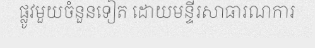
ផ្លូវមួយចំនួនទៀត ដោយមន្ទីរសាធារណការ